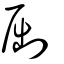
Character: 𠜾